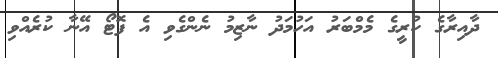
ދާއިރާގެ ކުރީގެ މެމްބަރު އަހުމަދު ނާޒިމު ނެންގެވި އެ ފޮޓޯ އޭނާ ކުރެއްވި